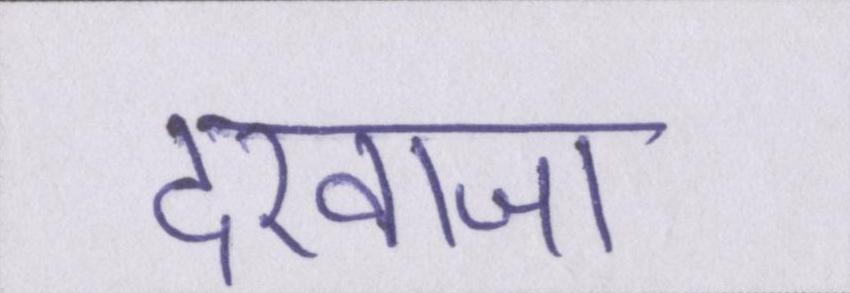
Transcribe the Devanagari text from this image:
दरवाजा